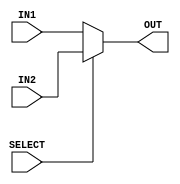
// Computer Architecture (CO224) - Lab 05
// Design: 2 to 1 Multiplexer 32-bit module
// Group Number : 27
// E Numbers : E/18/077, E/18/227
// Names : Dharmarathne N.S., Mudalige D.H.

module mux2to1_32bit(IN1, IN2, OUT, SELECT);
	input [31:0] IN1, IN2;
	input SELECT;
	output reg [31:0] OUT;

    always @(*) begin 
        if (SELECT) begin 
            OUT = IN2; 
        end 

        else OUT = IN1;  
    end	
endmodule